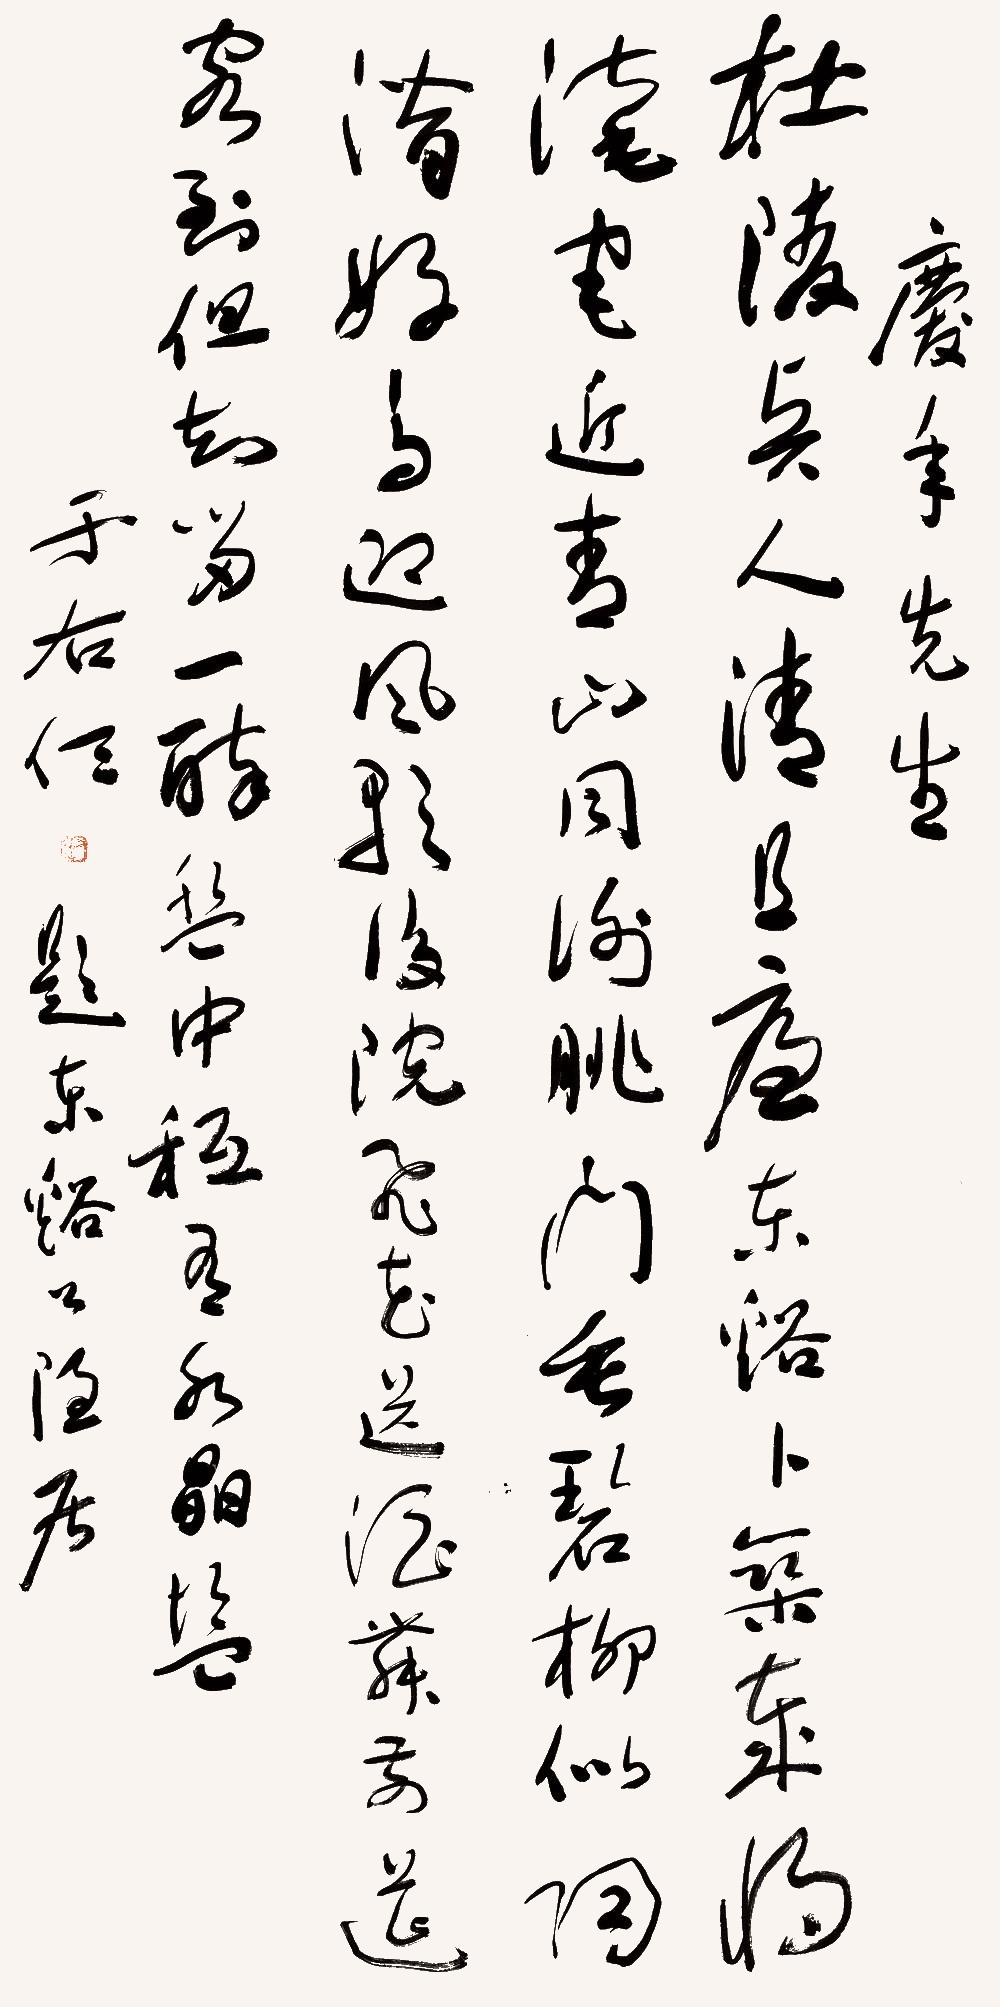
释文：杜陵贤人清且廉，东溪卜筑岁将淹。宅近青山同谢脁，门垂碧柳似陶潜。好鸟迎风歌后院，飞花送酒舞前檐。客到但知留一醉，盘中只有水晶盐。庆年先生，于右任《题东溪公隐居》。